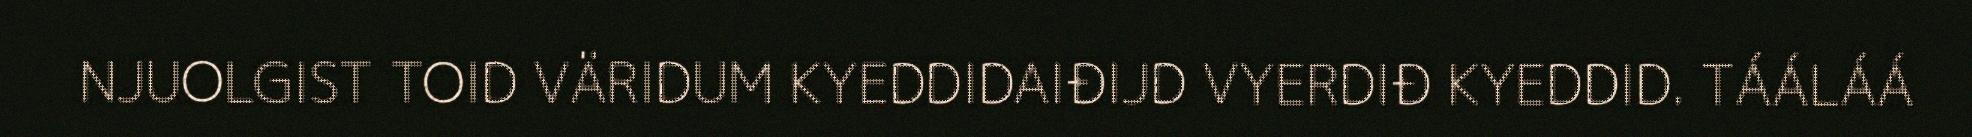
NJUOLGIST TOID VÄRIDUM KYEDDIDAIĐIJD VYERDIĐ KYEDDID. TÁÁLÁÁ